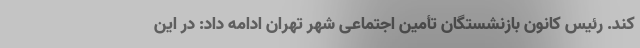
کند. رئیس کانون بازنشستگان تأمین اجتماعی شهر تهران ادامه داد: در این